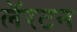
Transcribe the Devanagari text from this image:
लॅरटन